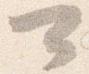
可